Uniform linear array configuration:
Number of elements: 16
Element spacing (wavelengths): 1
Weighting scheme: hamming
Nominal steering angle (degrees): -60
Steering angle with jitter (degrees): -60.299
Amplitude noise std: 0.05
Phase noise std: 0.05

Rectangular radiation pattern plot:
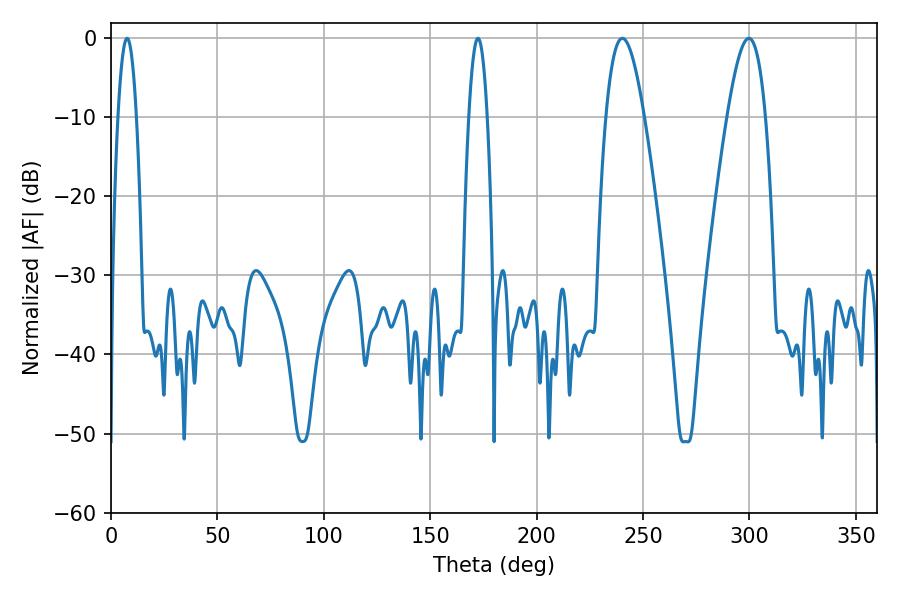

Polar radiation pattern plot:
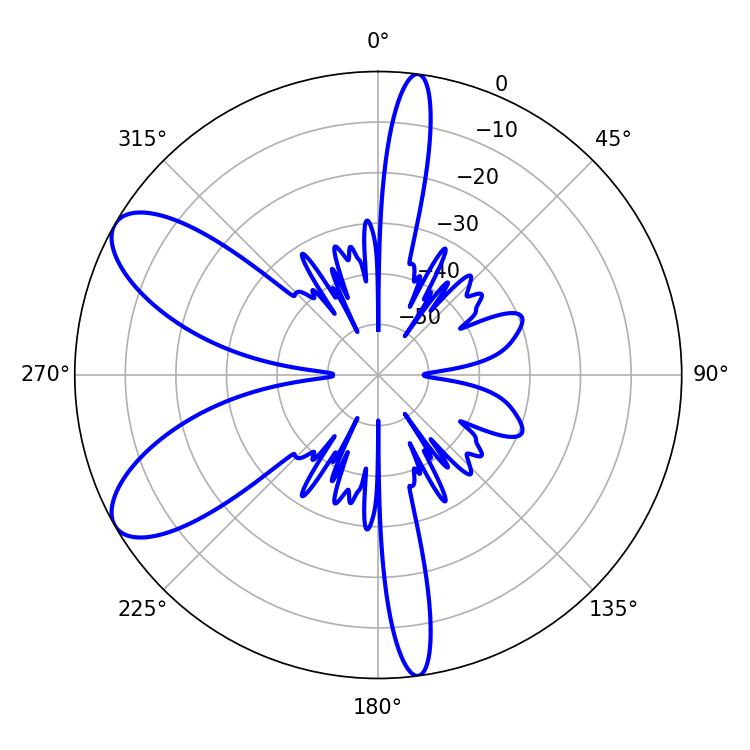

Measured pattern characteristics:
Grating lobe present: TRUE
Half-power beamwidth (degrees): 4.68
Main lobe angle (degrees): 7.56